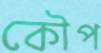
কৌপ